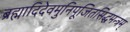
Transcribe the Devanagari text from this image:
ब्रह्मादिदेवमुनिपूजितसिद्धमन्त्रम्